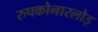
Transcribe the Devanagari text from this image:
रुपकोनारलोइ